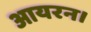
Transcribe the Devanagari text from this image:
आयरन।